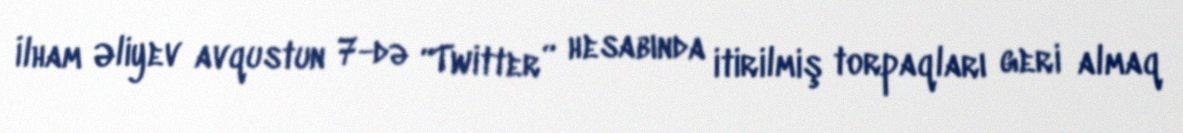
İlham Əliyev avqustun 7-də “Twitter” hesabında itirilmiş torpaqları geri almaq